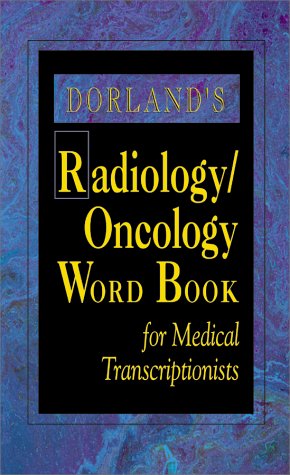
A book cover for Dorland's Radiology/Oncology Word Book for Medical Transcriptionists, 1e; Dorland; Medical Books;